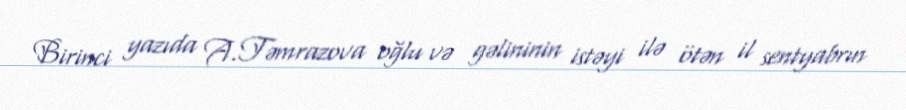
Birinci yazıda A.Təmrazova oğlu və gəlininin istəyi ilə ötən il sentyabrın